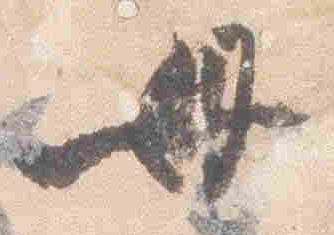
母